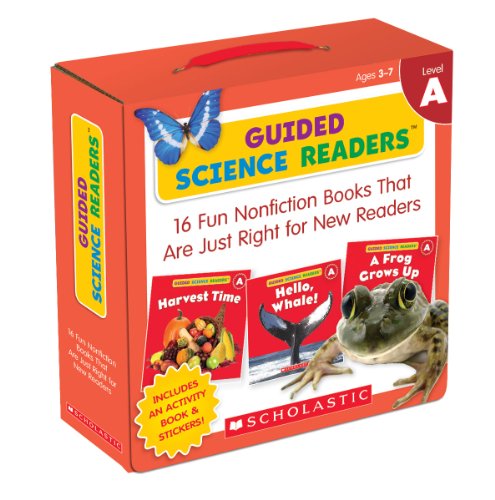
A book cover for Guided Science Readers Parent Pack: Level A: 16 Fun Nonfiction Books That Are Just Right for New Readers; Liza Charlesworth; Education & Teaching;